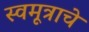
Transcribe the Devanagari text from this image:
स्वमूत्राचे